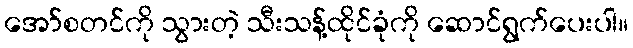
အော်စတင်ကို သွားတဲ့ သီးသန့်ထိုင်ခုံကို ဆောင်ရွက်ပေးပါ။